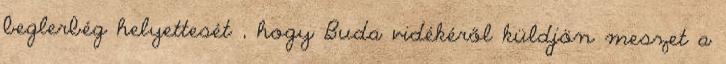
beglerbég helyettesét , hogy Buda vidékéről küldjön meszet a